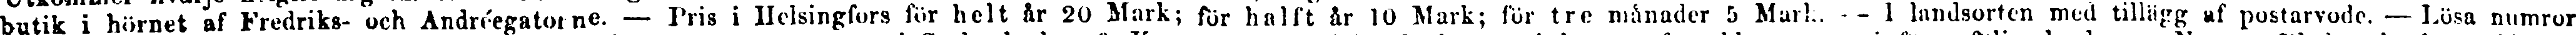
butik i hörnet af Fredriks- och Andréegatorne. — Pris i Helsingfors för helt år 20 Mark; for hälft år 10 Mark; för tre månader 5 Mark;. -- I landsorten med tillägg af postarvode. — Lösa numror